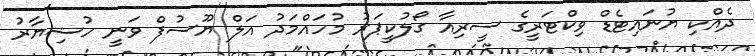
ދެއްކި ޔުނައިޓެޑް ވިކްޓަރީގެ ސީރިއާ ގޯލުކީޕަރު މުހައްމަދު އަލް ޔޫސުފް ވަނީ ހުޝިޔާރު